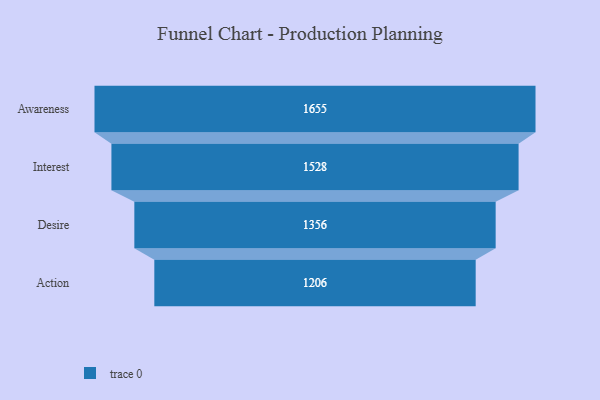
{"axis": {"x": "Stage", "y": "Value"}, "legend": [""], "data": [{"x": "Awareness", "y": 1655.0, "type": ""}, {"x": "Interest", "y": 1528.0, "type": ""}, {"x": "Desire", "y": 1356.0, "type": ""}, {"x": "Action", "y": 1206.0, "type": ""}]}